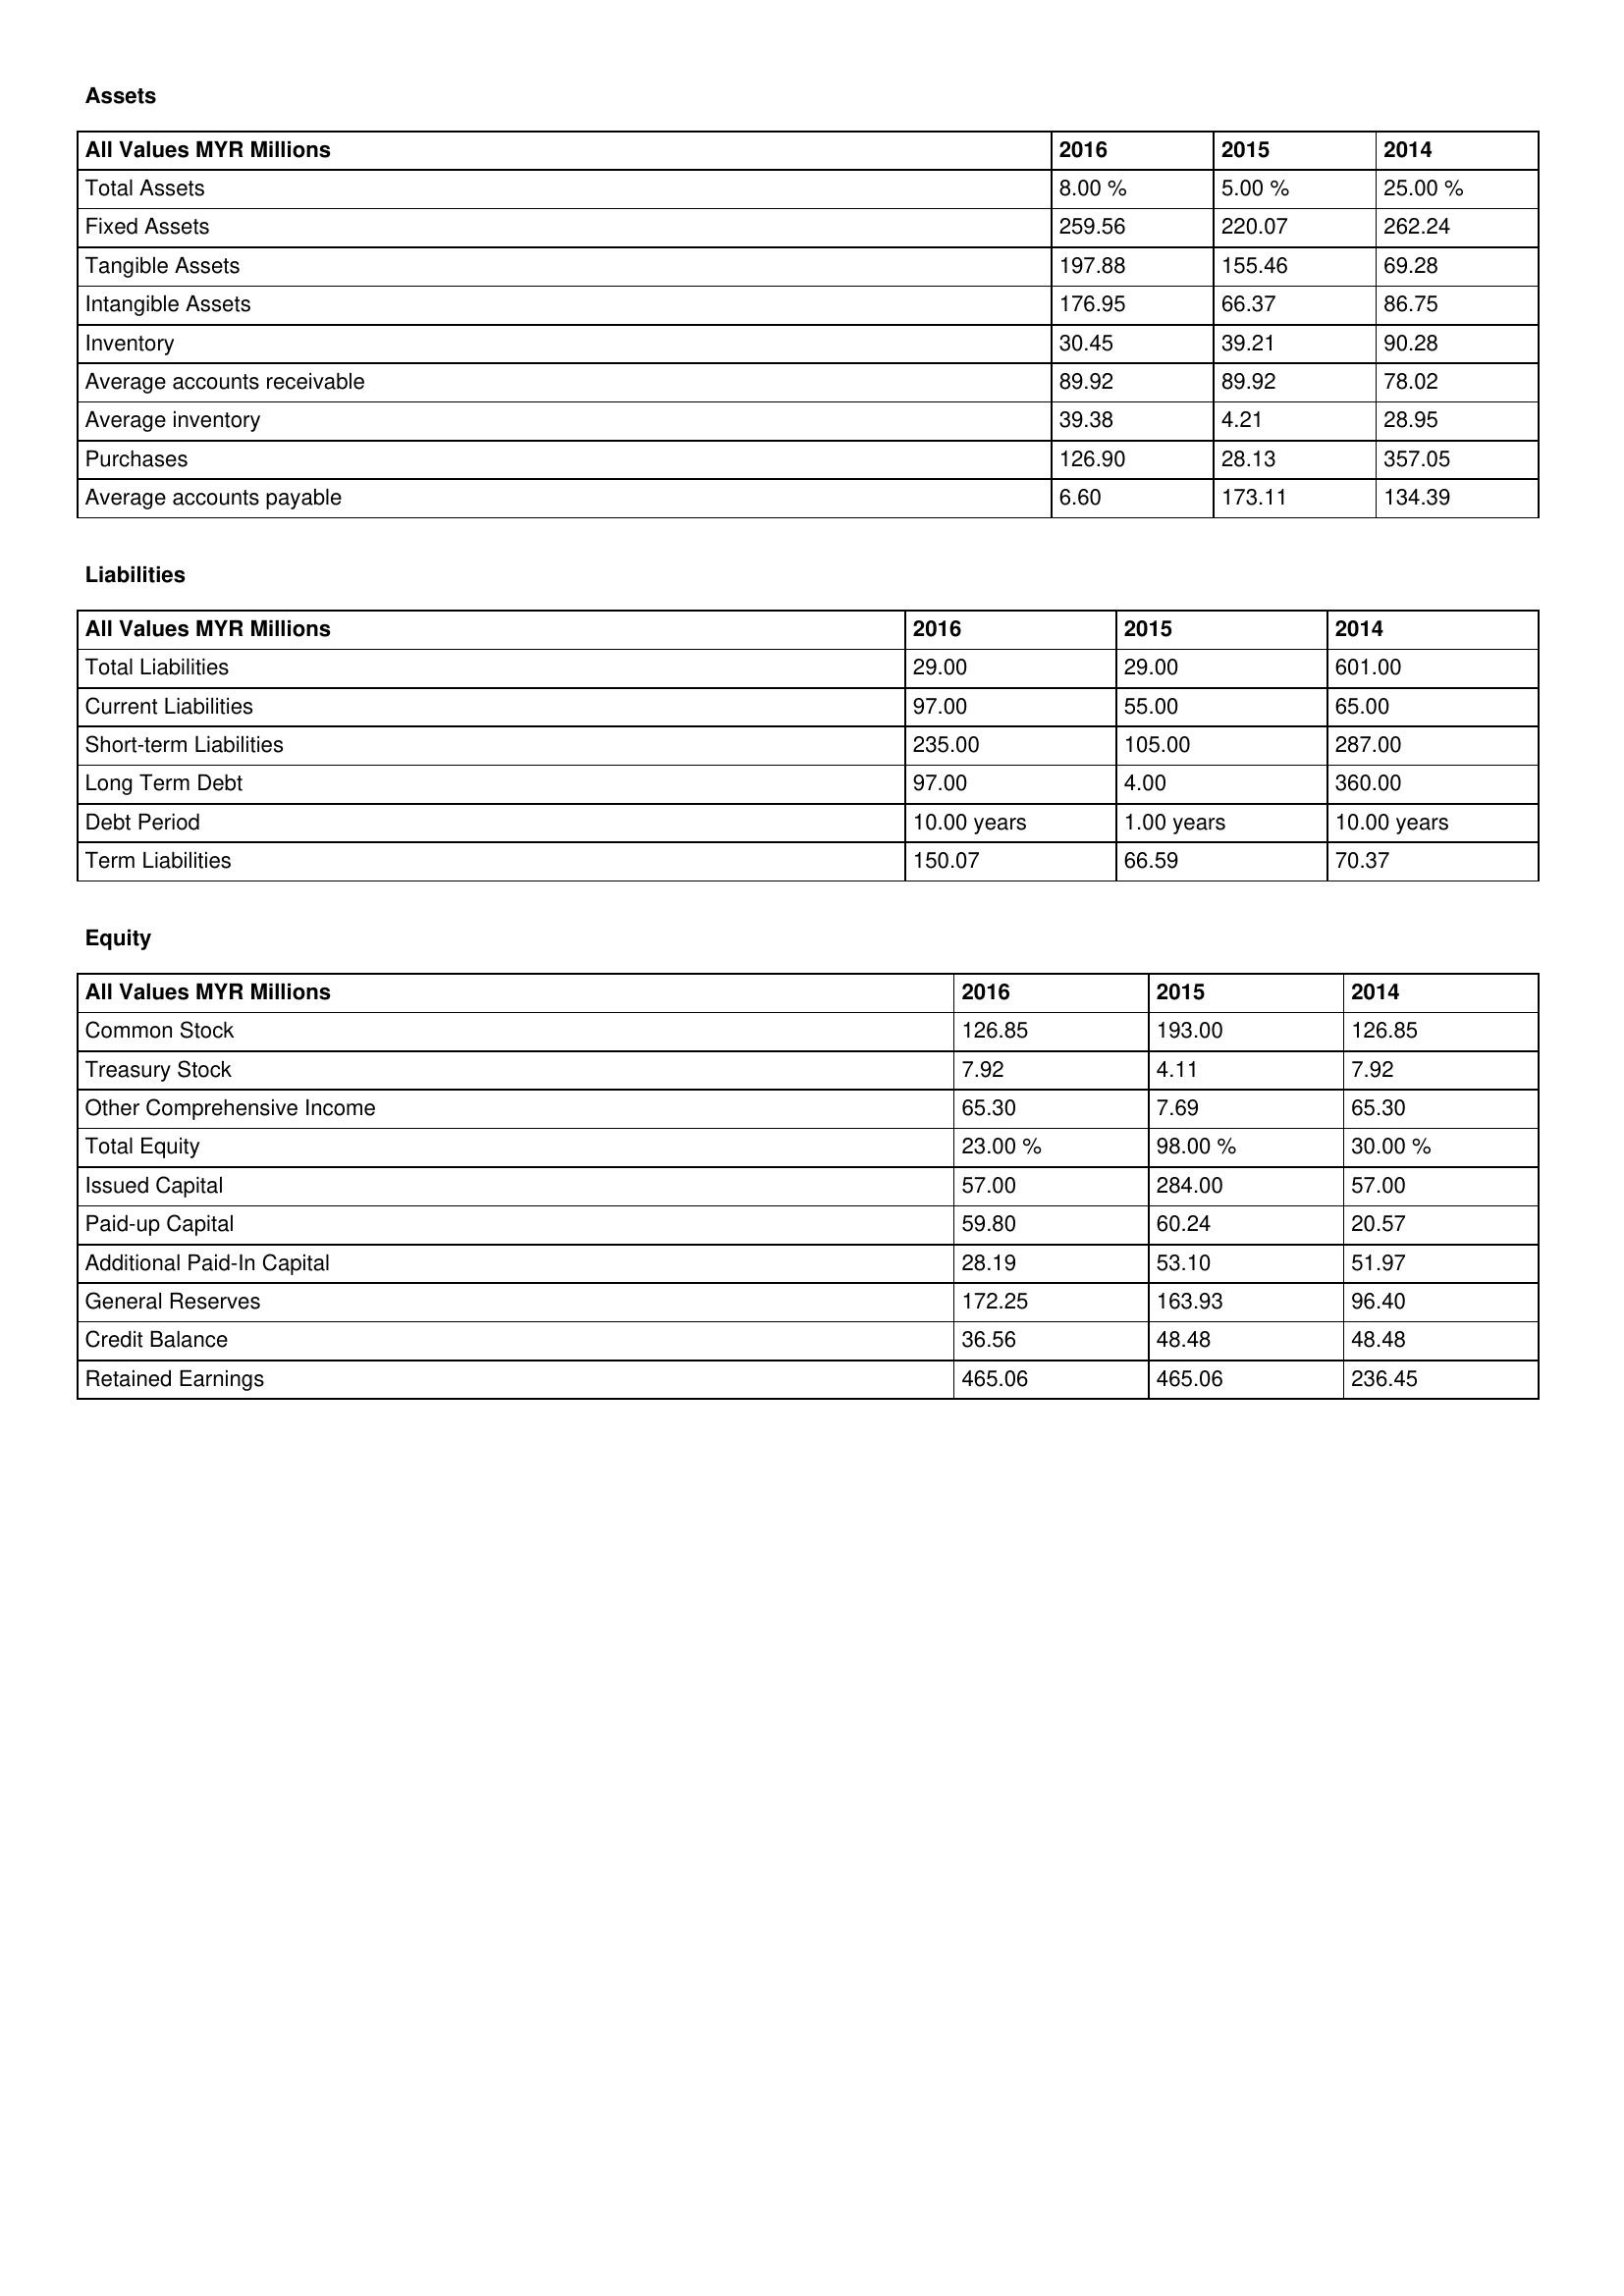
gt_parse: 2016: Assets: Total Assets: 8.00 %
Fixed Assets: 259.56
Tangible Assets: 197.88
Intangible Assets: 176.95
Inventory: 30.45
Average accounts receivable: 89.92
Average inventory: 39.38
Purchases: 126.90
Average accounts payable: 6.60
Liabilities: Total Liabilities: 29.00
Current Liabilities: 97.00
Short-term Liabilities: 235.00
Long Term Debt: 97.00
Debt Period: 10.00 years
Term Liabilities: 150.07
Equity: Common Stock: 126.85
Treasury Stock: 7.92
Other Comprehensive Income: 65.30
Total Equity: 23.00 %
Issued Capital: 57.00
Paid-up Capital: 59.80
Additional Paid-In Capital: 28.19
General Reserves: 172.25
Credit Balance: 36.56
Retained Earnings: 465.06
2015: Assets: Total Assets: 5.00 %
Fixed Assets: 220.07
Tangible Assets: 155.46
Intangible Assets: 66.37
Inventory: 39.21
Average accounts receivable: 89.92
Average inventory: 4.21
Purchases: 28.13
Average accounts payable: 173.11
Liabilities: Total Liabilities: 29.00
Current Liabilities: 55.00
Short-term Liabilities: 105.00
Long Term Debt: 4.00
Debt Period: 1.00 years
Term Liabilities: 66.59
Equity: Common Stock: 193.00
Treasury Stock: 4.11
Other Comprehensive Income: 7.69
Total Equity: 98.00 %
Issued Capital: 284.00
Paid-up Capital: 60.24
Additional Paid-In Capital: 53.10
General Reserves: 163.93
Credit Balance: 48.48
Retained Earnings: 465.06
2014: Assets: Total Assets: 25.00 %
Fixed Assets: 262.24
Tangible Assets: 69.28
Intangible Assets: 86.75
Inventory: 90.28
Average accounts receivable: 78.02
Average inventory: 28.95
Purchases: 357.05
Average accounts payable: 134.39
Liabilities: Total Liabilities: 601.00
Current Liabilities: 65.00
Short-term Liabilities: 287.00
Long Term Debt: 360.00
Debt Period: 10.00 years
Term Liabilities: 70.37
Equity: Common Stock: 126.85
Treasury Stock: 7.92
Other Comprehensive Income: 65.30
Total Equity: 30.00 %
Issued Capital: 57.00
Paid-up Capital: 20.57
Additional Paid-In Capital: 51.97
General Reserves: 96.40
Credit Balance: 48.48
Retained Earnings: 236.45